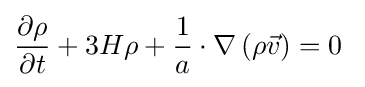
{\frac {\partial \rho }{\partial t}}+3H\rho +{\frac {1}{a}}\cdot \nabla \left(\rho {\vec {v}}\right)=0~